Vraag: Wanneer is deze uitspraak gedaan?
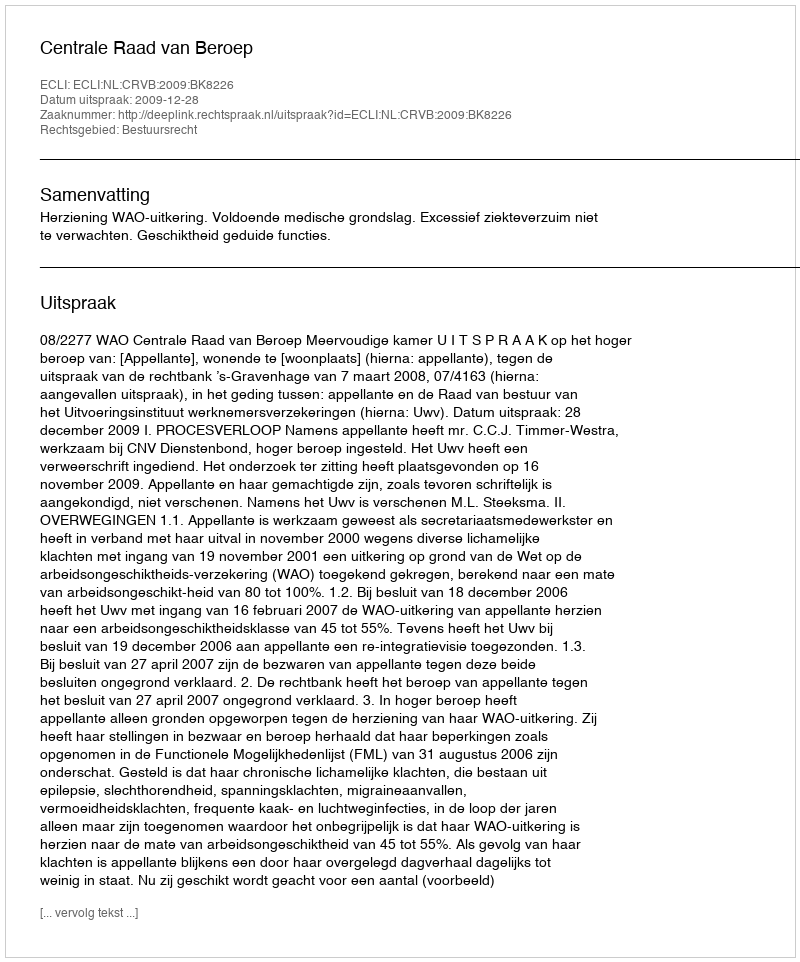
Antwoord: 2009-12-28